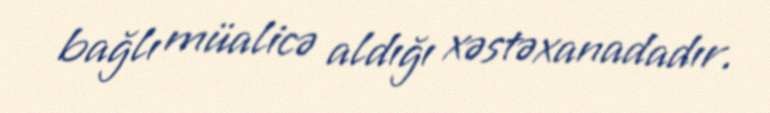
bağlı müalicə aldığı xəstəxanadadır.